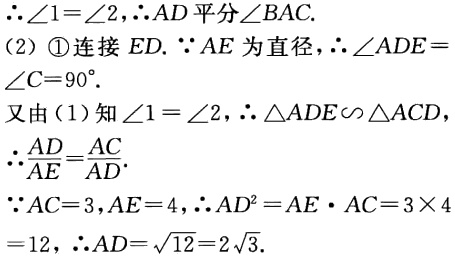
\(\therefore\angle1 = \angle2,\therefore AD平分\angle BAC.\)

(2) \textcircled{1}连接 \(ED.\) \(\because AE\) 为直径，\(\therefore\angle ADE=\angle C = 90^{\circ}.\)

又由(1)知 \(\angle1=\angle2,\therefore\triangle ADE\backsim\triangle ACD.\)

\(\therefore\frac{AD}{AE}=\frac{AC}{AD}.\)

\(\because AC = 3,AE = 4,\therefore AD^{2}=AE\cdot AC = 3\times4 = 12,\therefore AD=\sqrt{12}=2\sqrt{3}.\)